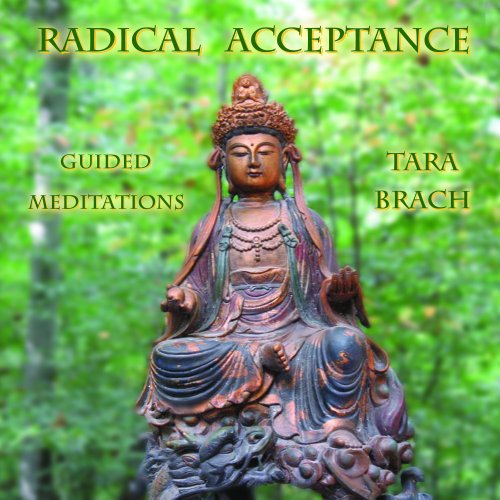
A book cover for Radical Acceptance: Guided Meditations; Tara Brach; Business & Money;